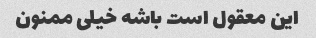
این معقول است باشه خیلی ممنون